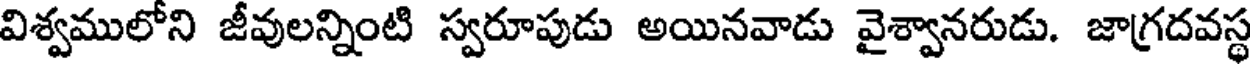
విశ్వములోని జీవులన్నింటి స్వరూపుడు అయినవాడు వైశ్వానరుడు. జాగ్రదవస్థ